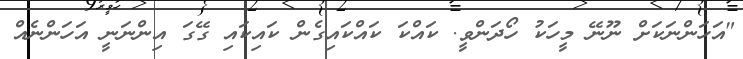
"އަހަންނަކަށް ނޫނޭ މީހަކު ހޯދަންވީ. ކައްކަ ކައްކައިގެން ކައިކައި ގޭގަ އިންނަނީ އަހަންނެއް